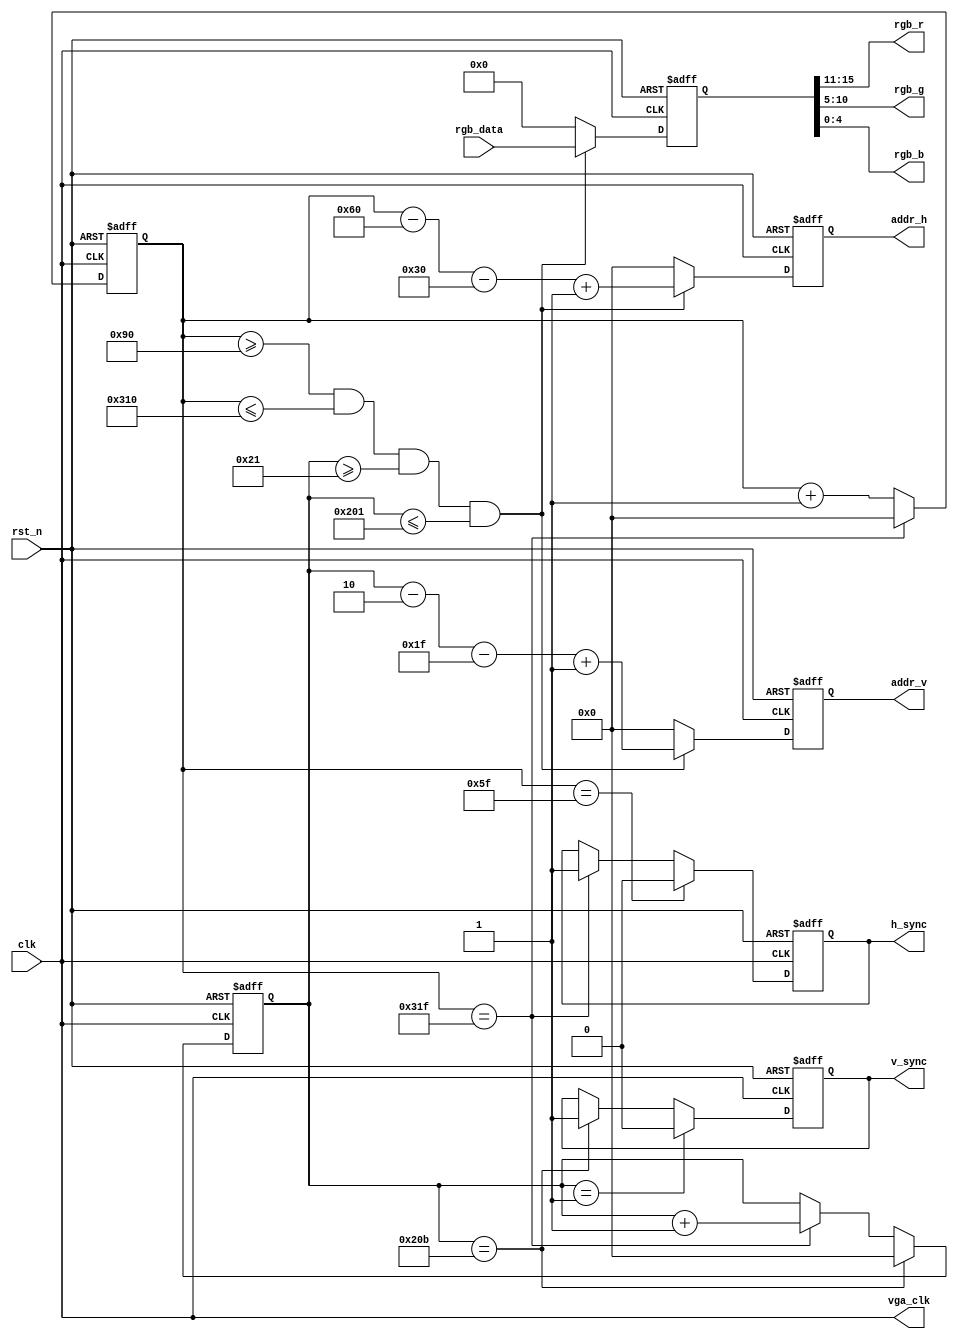
    module vga_dirve (input			wire						clk,            //
                    input			wire						rst_n,          //
                    input			wire		[ 15:0 ]		rgb_data,       //16RGB
                    output			wire						vga_clk,    //vga 25M
                    output			reg							h_sync,     //
                    output			reg							v_sync,     //
                    output			reg		[ 11:0 ]				addr_h, //
                    output			reg		[ 11:0 ]				addr_v,  //
                    output			wire		[ 4:0 ]				rgb_r,  //
                    output			wire		[ 5:0 ]				rgb_g,  //
                    output			wire		[ 4:0 ]				rgb_b  //
    );

// 640 * 480 60HZ
localparam	 H_FRONT = 16; // 
localparam	 H_SYNC  = 96; // 
localparam	 H_BLACK = 48; // 
localparam	 H_ACT   = 640; // 
localparam	 V_FRONT = 11; // 
localparam	 V_SYNC  = 2; // 
localparam	 V_BLACK = 31; // 
localparam	 V_ACT   = 480; // 

// 800 * 600 72HZ
// localparam	 H_FRONT = 40; // 
// localparam	 H_SYNC  = 120; // 
// localparam	 H_BLACK = 88; // 
// localparam	 H_ACT   = 800; // 
// localparam	 V_FRONT = 37; // 
// localparam	 V_SYNC  = 6; // 
// localparam	 V_BLACK = 23; // 
// localparam	 V_ACT   = 600; // 


localparam	H_TOTAL = H_FRONT + H_SYNC + H_BLACK + H_ACT; // 
localparam	V_TOTAL = V_FRONT + V_SYNC + V_BLACK + V_ACT; // 

reg			[ 11:0 ]			cnt_h			; // 
reg			[ 11:0 ]			cnt_v			; // 
reg			[ 15:0 ]			rgb			; // 

// 
wire							flag_enable_cnt_h			;
wire							flag_clear_cnt_h			;
wire							flag_enable_cnt_v			;
wire							flag_clear_cnt_v			;
wire							flag_add_cnt_v  			;
wire							valid_area      			;


// 25M ** = 800 * 525 * 60
reg							clk_25			;
// 50M 1040 * 666 * 72
wire							clk_50			;
//PLL
// pll	pll_inst (
// 	.areset ( ~rst_n ),
// 	.inclk0 ( clk ),
// 	.c0 ( clk_50 ), //50M
// 	.c1 ( clk_25 ) //25M
// 	);
//
assign vga_clk = clk;

always @(posedge clk or negedge rst_n) begin
    if(!rst_n) begin
        clk_25 <= 0;
    end
    else  begin
        clk_25 <= ~clk_25;
    end
end
// 
always @( posedge vga_clk or negedge rst_n ) begin
    if ( !rst_n ) begin
        cnt_h <= 0;
    end
    else if ( flag_enable_cnt_h ) begin
        if ( flag_clear_cnt_h ) begin
            cnt_h <= 0;
        end
        else begin
            cnt_h <= cnt_h + 1;
        end
    end
    else begin
        cnt_h <= 0;
    end
end
assign flag_enable_cnt_h = 1;
assign flag_clear_cnt_h  = cnt_h == H_TOTAL - 1;

// 
always @( posedge vga_clk or negedge rst_n ) begin
    if ( !rst_n ) begin
        h_sync <= 1;
    end
    else if ( cnt_h == H_SYNC - 1 ) begin // 1
        h_sync <= 0;
    end
    else if ( flag_clear_cnt_h ) begin // 0
        h_sync <= 1;
    end
    else begin
        h_sync <= h_sync;
    end
end

// 
always @( posedge vga_clk or negedge rst_n ) begin
    if ( !rst_n ) begin
        cnt_v <= 0;
    end
    else if ( flag_enable_cnt_v ) begin
        if ( flag_clear_cnt_v ) begin
            cnt_v <= 0;
        end
        else if ( flag_add_cnt_v ) begin
            cnt_v <= cnt_v + 1;
        end
        else begin
            cnt_v <= cnt_v;
        end
    end
    else begin
        cnt_v <= 0;
    end
end
assign flag_enable_cnt_v = flag_enable_cnt_h;
assign flag_clear_cnt_v  = cnt_v == V_TOTAL - 1;
assign flag_add_cnt_v    = flag_clear_cnt_h;

// 
always @( posedge vga_clk or negedge rst_n ) begin
    if ( !rst_n ) begin
        v_sync <= 1;
    end
    else if ( cnt_v == V_SYNC - 1 ) begin
        v_sync <= 0;
    end
        else if ( flag_clear_cnt_v ) begin
        v_sync <= 1;
        end
    else begin
        v_sync <= v_sync;
    end
end

//  1-640
always @( posedge vga_clk or negedge rst_n ) begin
    if ( !rst_n ) begin
        addr_h <= 0;
    end
    else if ( valid_area ) begin
        addr_h <= cnt_h - H_SYNC - H_BLACK + 1;
    end
    else begin
        addr_h <= 0;
    end
end
//  1-480
always @( posedge vga_clk or negedge rst_n ) begin
    if ( !rst_n ) begin
        addr_v <= 0;
    end
    else if ( valid_area ) begin
        addr_v <= cnt_v -V_SYNC - V_BLACK + 1;
    end
    else begin
        addr_v <= 0;
    end
end
// 
assign valid_area = cnt_h >= H_SYNC + H_BLACK && cnt_h <= H_SYNC + H_BLACK + H_ACT && cnt_v >= V_SYNC + V_BLACK && cnt_v <= V_SYNC + V_BLACK + V_ACT;


// 
always @( posedge vga_clk or negedge rst_n ) begin
    if ( !rst_n ) begin
        rgb <= 16'h0;
    end
    else if ( valid_area ) begin
        rgb <= rgb_data;
    end
    else begin
        rgb <= 16'b0;
    end
end
assign rgb_r = rgb[ 15:11 ];
assign rgb_g = rgb[ 10:5 ];
assign rgb_b = rgb[ 4:0 ];

endmodule // vga_dirve